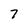
Character: 7